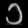
Digit: ၁